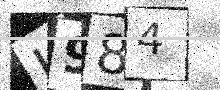
Text: J984